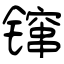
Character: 镩